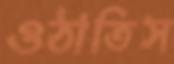
ওঠাতিস